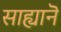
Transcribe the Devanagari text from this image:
साह्यानॆ